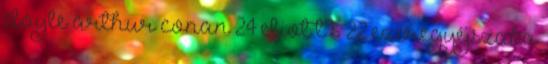
doyle arthur conan 24 eliot t s 22 ezeregyéjszaka